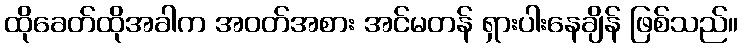
ထိုခေတ်ထိုအခါက အဝတ်အစား အင်မတန် ရှားပါးနေချိန် ဖြစ်သည်။